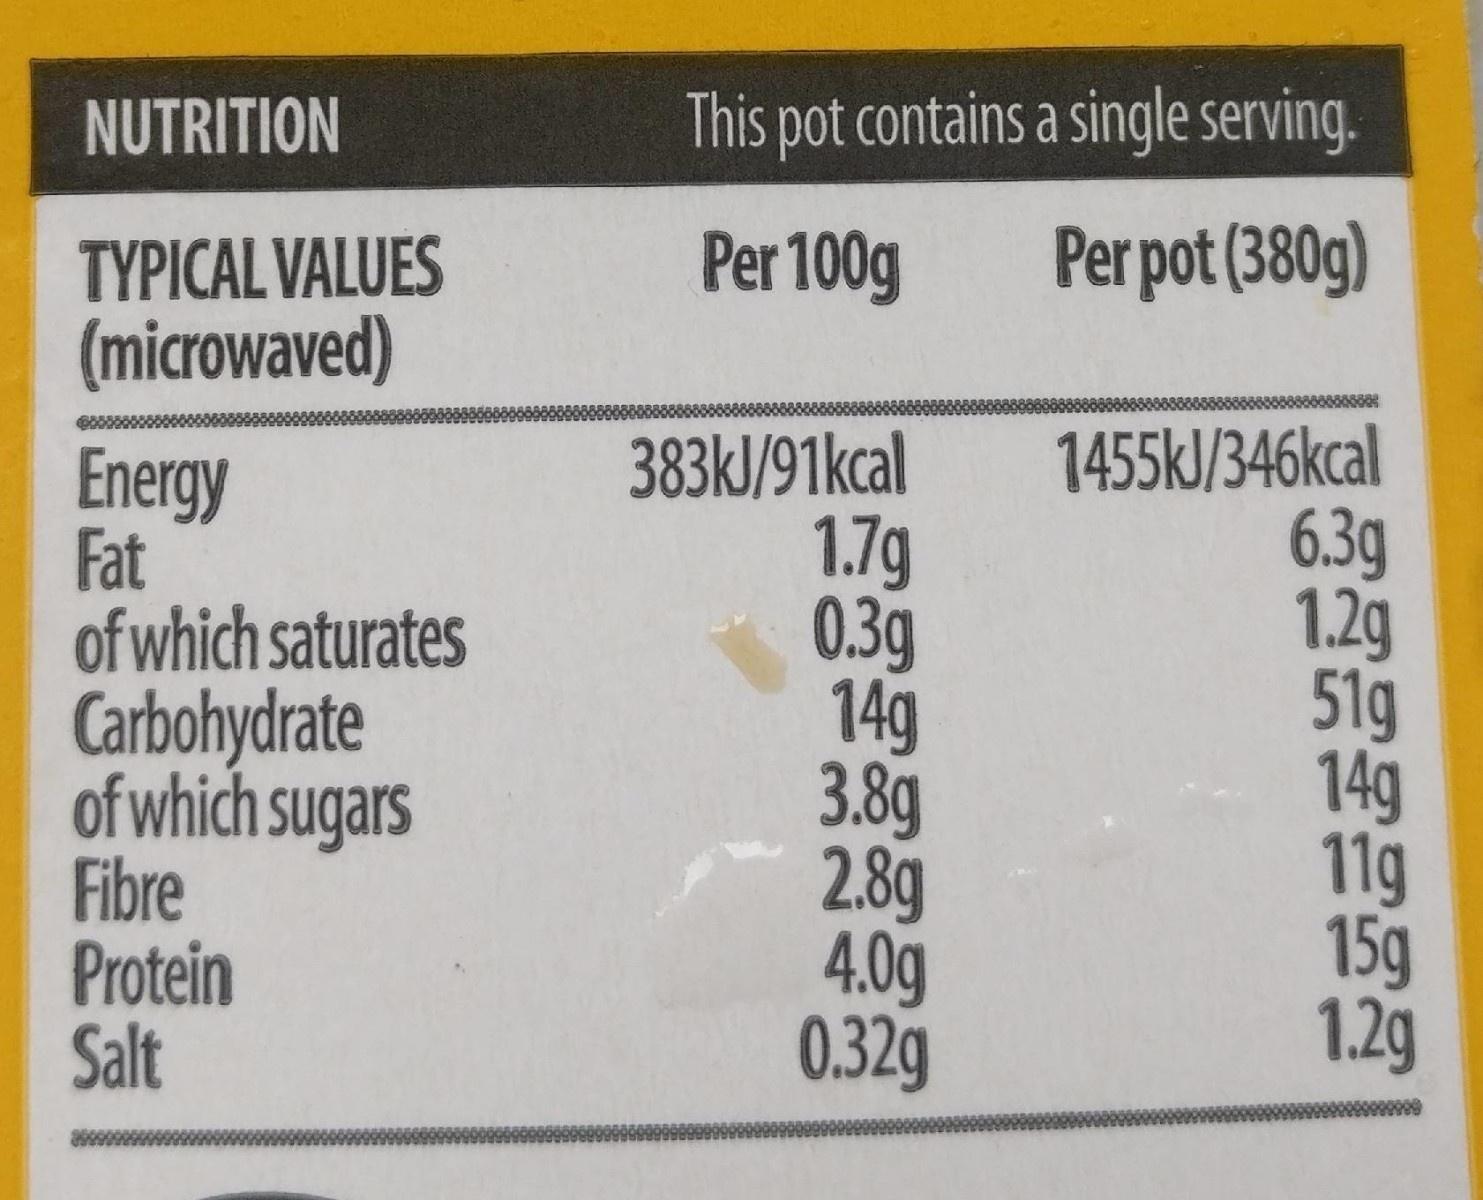
NUTRITION
This pot contains a single serving.
Per 100g
Per pot (380g)
TYPICAL VALUES (microwaved)
Energy Fat of which saturates Carbohydrate of which sugars Fibre Protein Salt
383kJ/91kcal 1.7g 0.3g 149 3.8g 2.8g 4.0g 0.32g
1455kJ/346kcal 6.3g 1.2g 51g 14g 11g 15g 1.2g